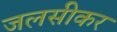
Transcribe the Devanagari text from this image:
जलसीकर